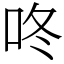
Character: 咚